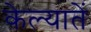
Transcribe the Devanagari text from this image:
केल्यातें